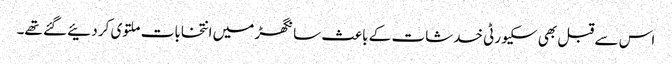
اس سے قبل بھی سکیورٹی خدشات کے باعث سانگھڑ میں انتخابات ملتوی کر دئیے گئے تھے۔